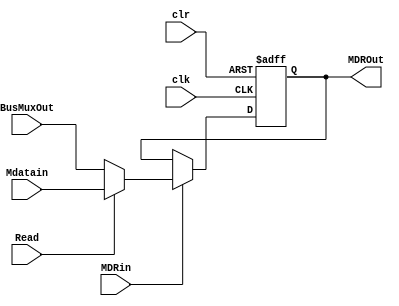
module MDR (
	input wire clk, 
	input wire clr,
	input wire Read,
	input wire MDRin,
	input wire [31:0] BusMuxOut,
	input wire [31:0] Mdatain,
	output reg [31:0] MDROut
);
//busMuxOut is the input, busMuxIn is output, it is flipped POV the bus
//the memory reg is normal cus its POV mem register, 0 is for bus STUPHH, 1 is for that memorrry
	always@(posedge clk or negedge clr)
		begin
			if(clr == 0)
			MDROut<= 0;
			else if(MDRin)
				MDROut <= Read ? Mdatain : BusMuxOut;
		end		
endmodule